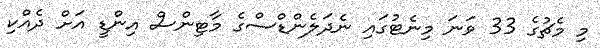
މި މެޗުގެ 33 ވަނަ މިނެޓުގައި ނެދަލެންޑްސްގެ މާޓިންސް އިންޑީ އަށް ދެއްކި